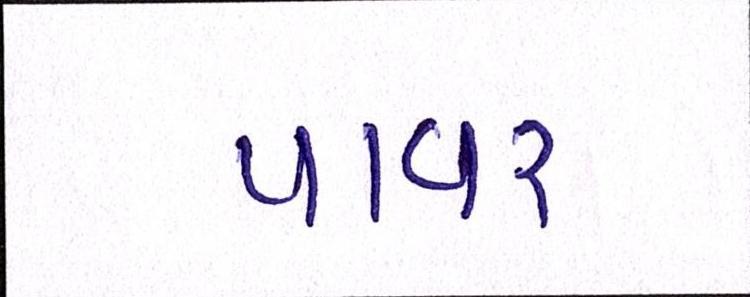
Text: પાવર